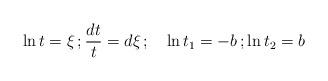
LaTeX: \begin{align*} \ln t=\xi\,; \frac{dt}{t}=d\xi\,; \quad\ln t_1=-b\,; \ln t_2=b\end{align*}